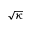
\sqrt { \kappa }